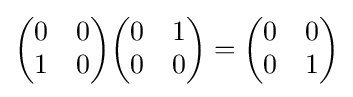
{\begin{pmatrix}0&0\\1&0\end{pmatrix}}{\begin{pmatrix}0&1\\0&0\end{pmatrix}}={\begin{pmatrix}0&0\\0&1\end{pmatrix}}